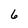
Character: 6